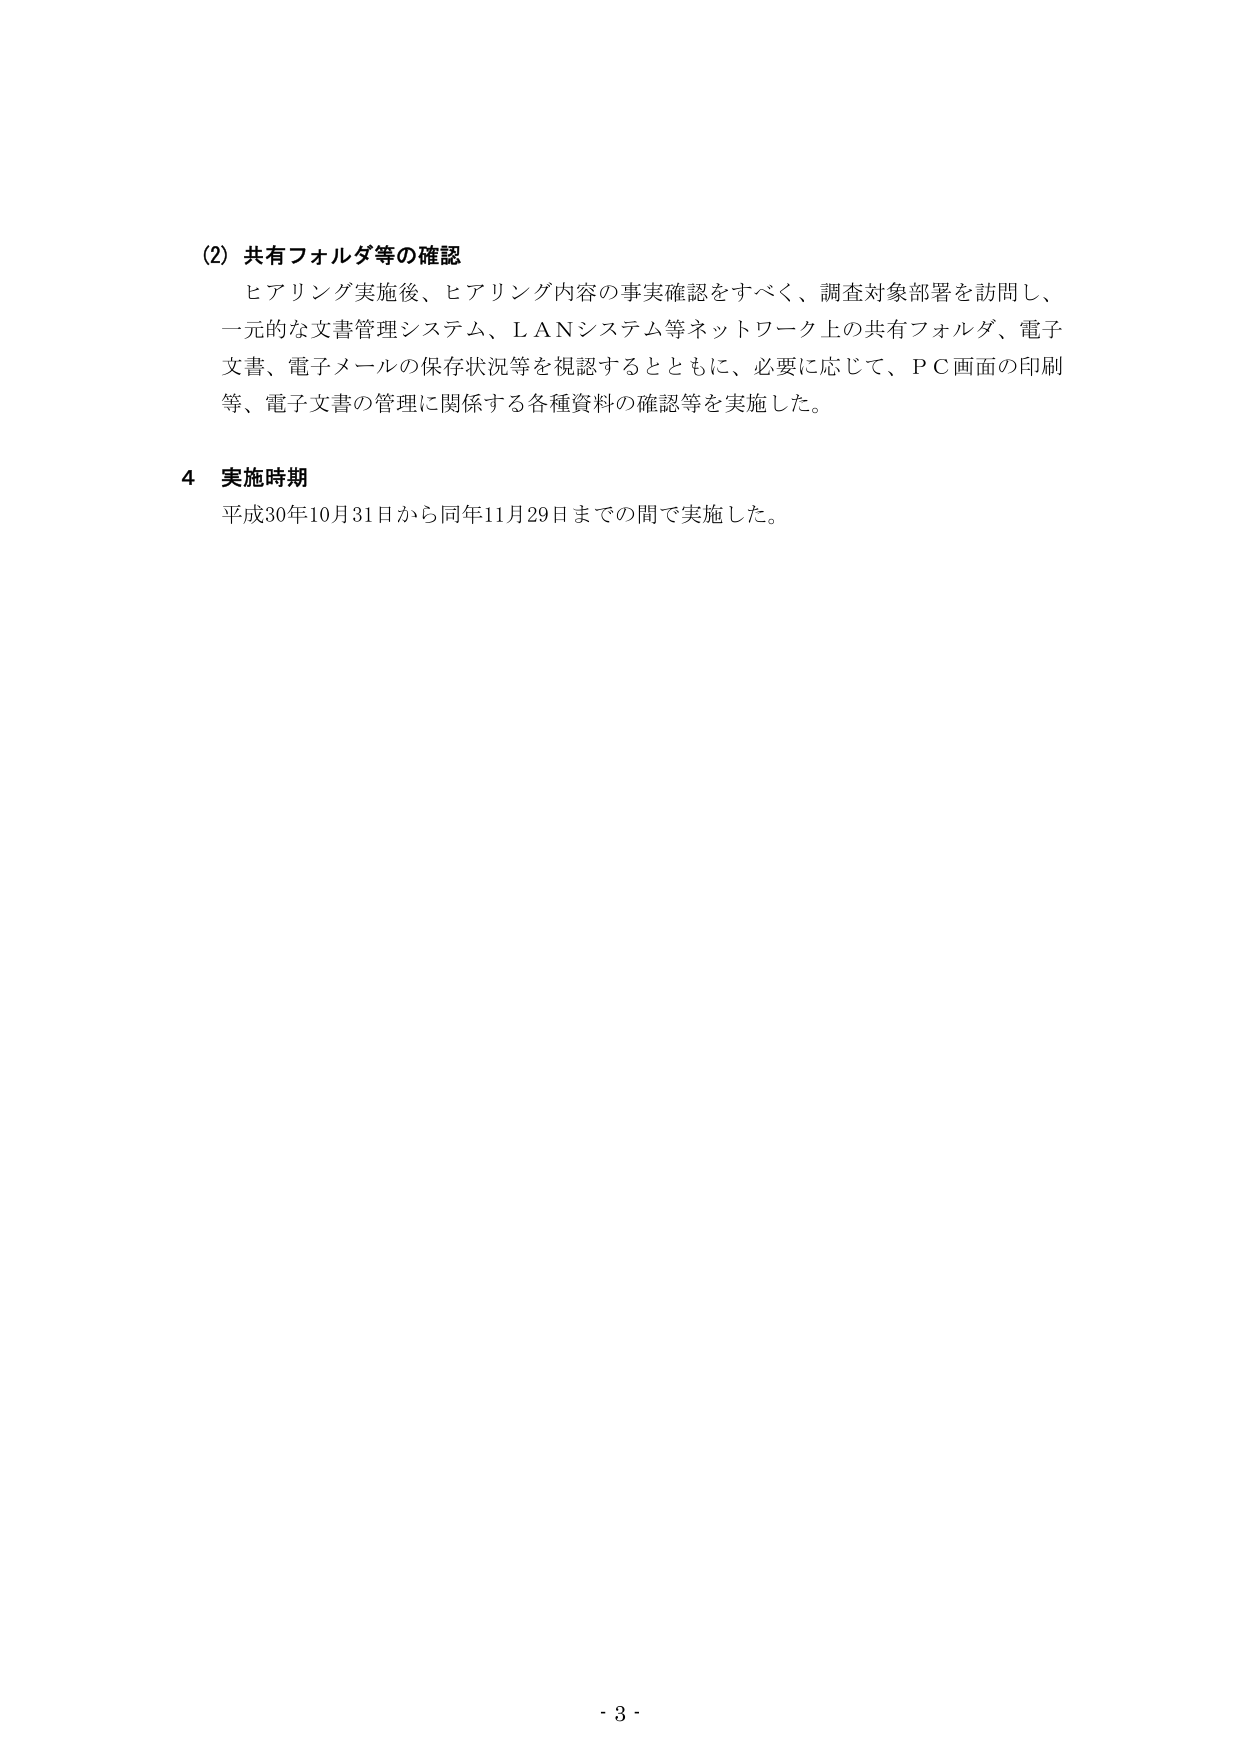
(2) 共有フォルダ等の確認
ヒアリング実施後、ヒアリング内容の事実確認をすべく、調査対象部署を訪問し、
一元的な文書管理システム、ＬＡＮシステム等ネットワーク上の共有フォルダ、電子
文書、電子メールの保存状況等を視認するとともに、必要に応じて、ＰＣ画面の印刷
等、電子文書の管理に関係する各種資料の確認等を実施した。

4 実施時期
平成30年10月31日から同年11月29日までの間で実施した。

- 3 -